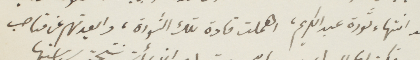
بعد أنتهاء ثورة عبد الكريم، اهملت قادة تلك الثورة، وابعدتهم عن مناصب